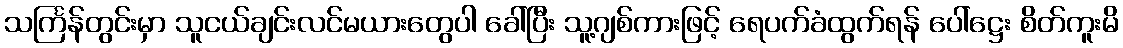
သင်္ကြန်တွင်းမှာ သူငယ်ချင်းလင်မယားတွေပါ ခေါ်ပြီး သူ့ဂျစ်ကားဖြင့် ရေပက်ခံထွက်ရန် ပေါ်ဋ္ဌေး စိတ်ကူးမိ